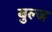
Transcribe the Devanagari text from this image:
बुल्ज